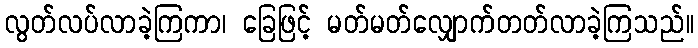
လွတ်လပ်လာခဲ့ကြကာ၊ ခြေဖြင့် မတ်မတ်လျှောက်တတ်လာခဲ့ကြသည်။